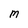
Character: M